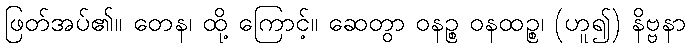
ဖြတ်အပ်၏။ တေန၊ ထို့ ကြောင့်။ ဆေတွာ ဝနဉ္စ ဝနထဉ္စ၊ (ဟူ၍) နိဗ္ဗနာ